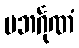
ပဘင်္ဂုဏံ